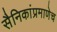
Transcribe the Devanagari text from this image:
सैनिकांप्रमाणेच